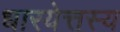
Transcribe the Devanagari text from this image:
धारयेत्तस्य